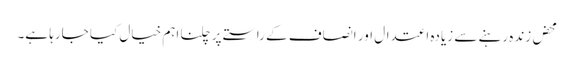
محض زندہ رہنے سے زیادہ اعتدال اور انصاف کے راستے پر چلنا اہم خیال کیا جارہا ہے۔